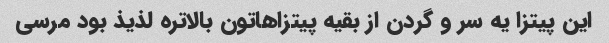
این پیتزا یه سر و گردن از بقیه پیتزاهاتون بالاتره لذیذ بود مرسی